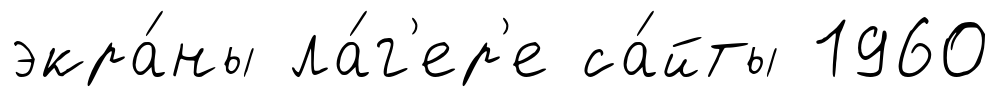
экра́ны ла́г'ер'е са́йты 1960